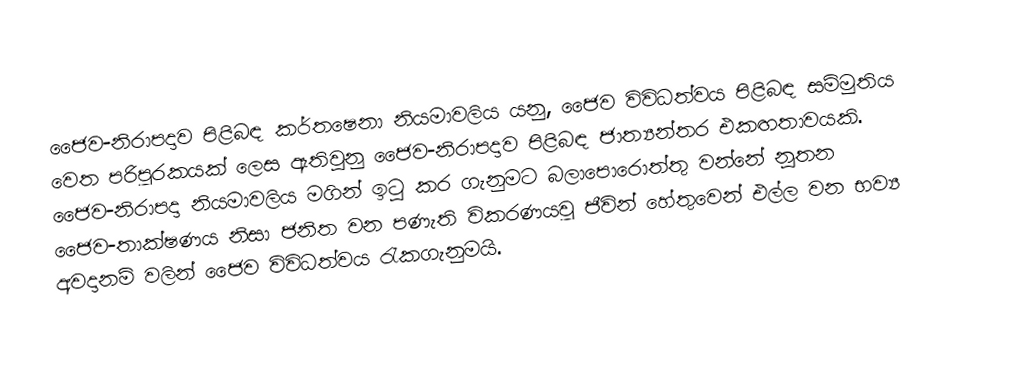
ජෛව-නිරාපදාව පිළිබඳ කර්තෂෙනා නියමාවලිය යනු, ජෛව විවිධත්වය පිළිබඳ සම්මුතිය වෙත පරිපූරකයක් ලෙස ඇතිවුනු ජෛව-නිරාපදාව පිළිබඳ ජාත්‍යන්තර එකඟතාවයකි. ජෛව-නිරාපදා නියමාවලිය මගින් ඉටු කර ගැනුමට බලාපොරොත්තු වන්නේ නූතන ජෛව-තාක්ෂණය නිසා ජනිත වන පණැති විකරණයවූ ජීවින් හේතුවෙන්  එල්ල වන භව්‍ය අවදානම් වලින් ජෛව විවිධත්වය රැකගැනුමයි.